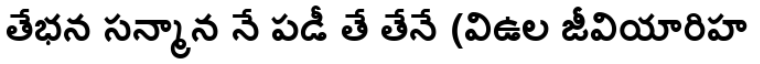
తేభన సన్మాన నే పడీ తే తేనే (విఉల జీవియారిహ